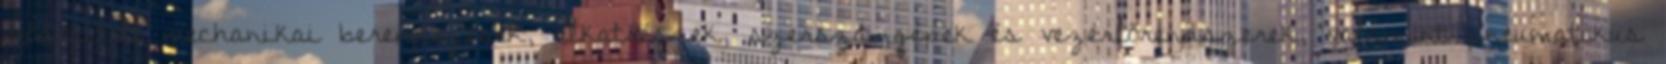
módosított mechanikai berendezések, alkatrészek, szerszámgépek és vezérlőrendszerek, valamint pneumatikus